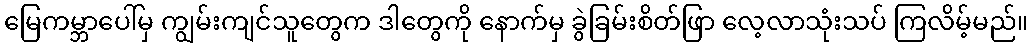
မြေကမ္ဘာပေါ်မှ ကျွမ်းကျင်သူတွေက ဒါတွေကို နောက်မှ ခွဲခြမ်းစိတ်ဖြာ လေ့လာသုံးသပ် ကြလိမ့်မည်။